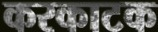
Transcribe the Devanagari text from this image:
करकाटक